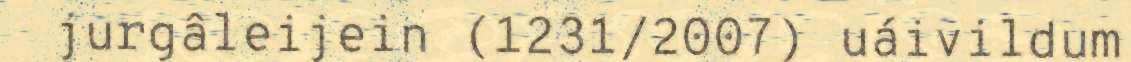
jurgâleijein (1231/2007) uáivildum